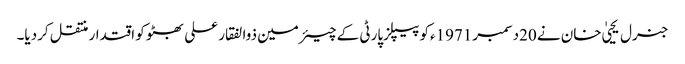
جنرل یحییٰ خان نے 20دسمبر1971ءکو پیپلزپارٹی کے چیئرمین ذوالفقار علی بھٹو کو اقتدار منتقل کردیا۔